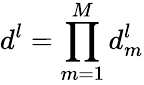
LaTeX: d^{l}=\prod_{m=1}^{M}d_{m}^{l}